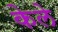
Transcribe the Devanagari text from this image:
केले